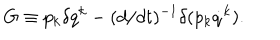
LaTeX: G \equiv p _ { k } \delta q ^ { k } - ( d / d t ) ^ { - 1 } \delta ( p _ { k } \dot { q } ^ { k } ) .